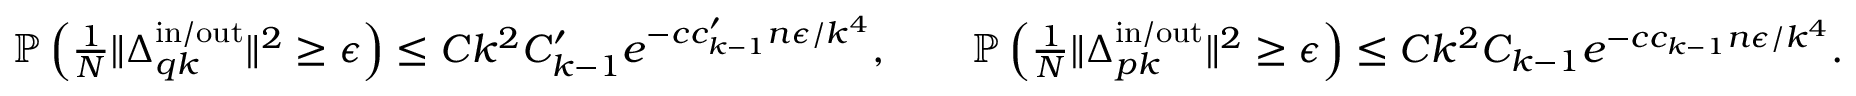
\begin{array} { r } { \mathbb { P } \left( \frac { 1 } { N } \| \boldsymbol { \Delta } _ { q k } ^ { \mathrm { i n } / \mathrm { o u t } } \| ^ { 2 } \geq \epsilon \right) \leq C k ^ { 2 } C _ { k - 1 } ^ { \prime } e ^ { - c c _ { k - 1 } ^ { \prime } n \epsilon / k ^ { 4 } } , \qquad \mathbb { P } \left( \frac { 1 } { N } \| \boldsymbol { \Delta } _ { p k } ^ { \mathrm { i n } / \mathrm { o u t } } \| ^ { 2 } \geq \epsilon \right) \leq C k ^ { 2 } C _ { k - 1 } e ^ { - c c _ { k - 1 } n \epsilon / k ^ { 4 } } . } \end{array}